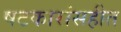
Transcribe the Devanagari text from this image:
षटकारांसहीत